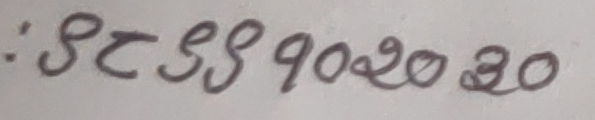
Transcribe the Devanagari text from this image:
: ९८४४९०२०३०